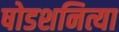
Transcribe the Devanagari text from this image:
षोडशनित्या